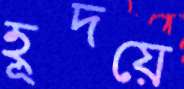
হূদয়ে